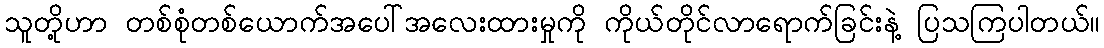
သူတို့ဟာ တစ်စုံတစ်ယောက်အပေါ်အလေးထားမှုကို ကိုယ်တိုင်လာရောက်ခြင်းနဲ့ ပြသကြပါတယ်။